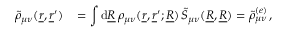
\begin{array} { r l } { \tilde { \rho } _ { \mu \nu } ( \underline { { r } } , \underline { { r } } ^ { \prime } ) \, } & { = \displaystyle \int \mathrm { d } \underline { { R } } \, \rho _ { \mu \nu } ( \underline { { r } } , \underline { { r } } ^ { \prime } ; \underline { { R } } ) \, \tilde { S } _ { \mu \nu } ( \underline { { R } } , \underline { { R } } ) = \tilde { \rho } _ { \mu \nu } ^ { ( e ) } \, , } \end{array}